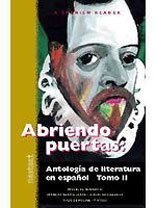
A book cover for McDougal Littell Nextext: Abriendo puertas Literatura Volume 2 (Spanish Reader); Christian Books & Bibles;